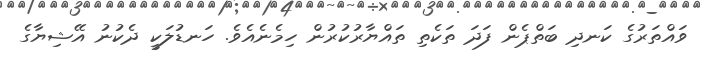
ވައްތަރުގެ ކަނދި ބަތްޕެން ފަދަ ތަކެތި ތައްޔާރުކުރުން ހިމެނެއެވެ. ހަނޑުލަކީ ދެކުނު އޭޝިޔާގެ